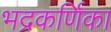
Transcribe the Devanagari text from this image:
भद्रकर्णिका